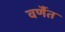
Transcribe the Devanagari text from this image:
वर्णैत